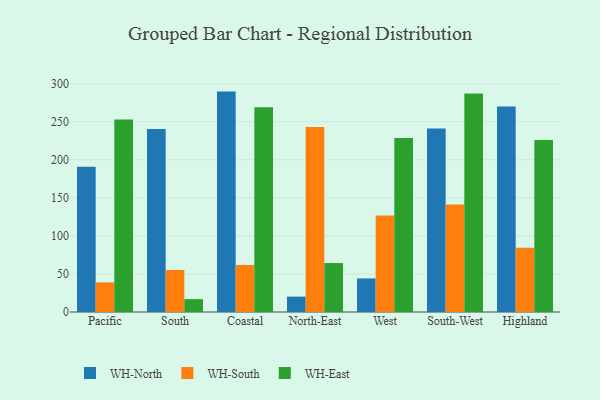
{"axis": {"x": "Region", "y": "Budget (USD K)"}, "legend": ["WH-East", "WH-North", "WH-South"], "data": [{"x": "Pacific", "y": 190.7, "type": "WH-North"}, {"x": "Pacific", "y": 38.9, "type": "WH-South"}, {"x": "Pacific", "y": 252.8, "type": "WH-East"}, {"x": "South", "y": 240.4, "type": "WH-North"}, {"x": "South", "y": 55.2, "type": "WH-South"}, {"x": "South", "y": 16.9, "type": "WH-East"}, {"x": "Coastal", "y": 289.6, "type": "WH-North"}, {"x": "Coastal", "y": 61.8, "type": "WH-South"}, {"x": "Coastal", "y": 269.2, "type": "WH-East"}, {"x": "North-East", "y": 20.2, "type": "WH-North"}, {"x": "North-East", "y": 243.2, "type": "WH-South"}, {"x": "North-East", "y": 64.3, "type": "WH-East"}, {"x": "West", "y": 44.1, "type": "WH-North"}, {"x": "West", "y": 126.9, "type": "WH-South"}, {"x": "West", "y": 228.5, "type": "WH-East"}, {"x": "South-West", "y": 241.1, "type": "WH-North"}, {"x": "South-West", "y": 141.2, "type": "WH-South"}, {"x": "South-West", "y": 287.2, "type": "WH-East"}, {"x": "Highland", "y": 270.1, "type": "WH-North"}, {"x": "Highland", "y": 84.5, "type": "WH-South"}, {"x": "Highland", "y": 226.0, "type": "WH-East"}]}